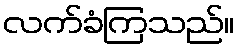
လက်ခံကြသည်။